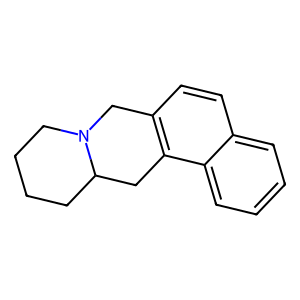
SMILES: c1ccc2c3c(ccc2c1)CN1CCCCC1C3
Inhibits HIV replication: No